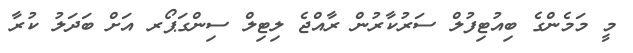
މީ މަމެންގެ ބިއުޓިފުލް ސަރުކާރުން ރާއްޖެ ލިޓިލް ސިންގަޕޯރ އަށް ބަދަލު ކުރާ